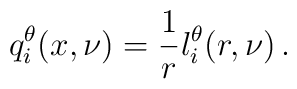
q^\theta_i(x,\nu) = \frac{1}{r} l^\theta_i(r,\nu) \,.